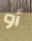
أو